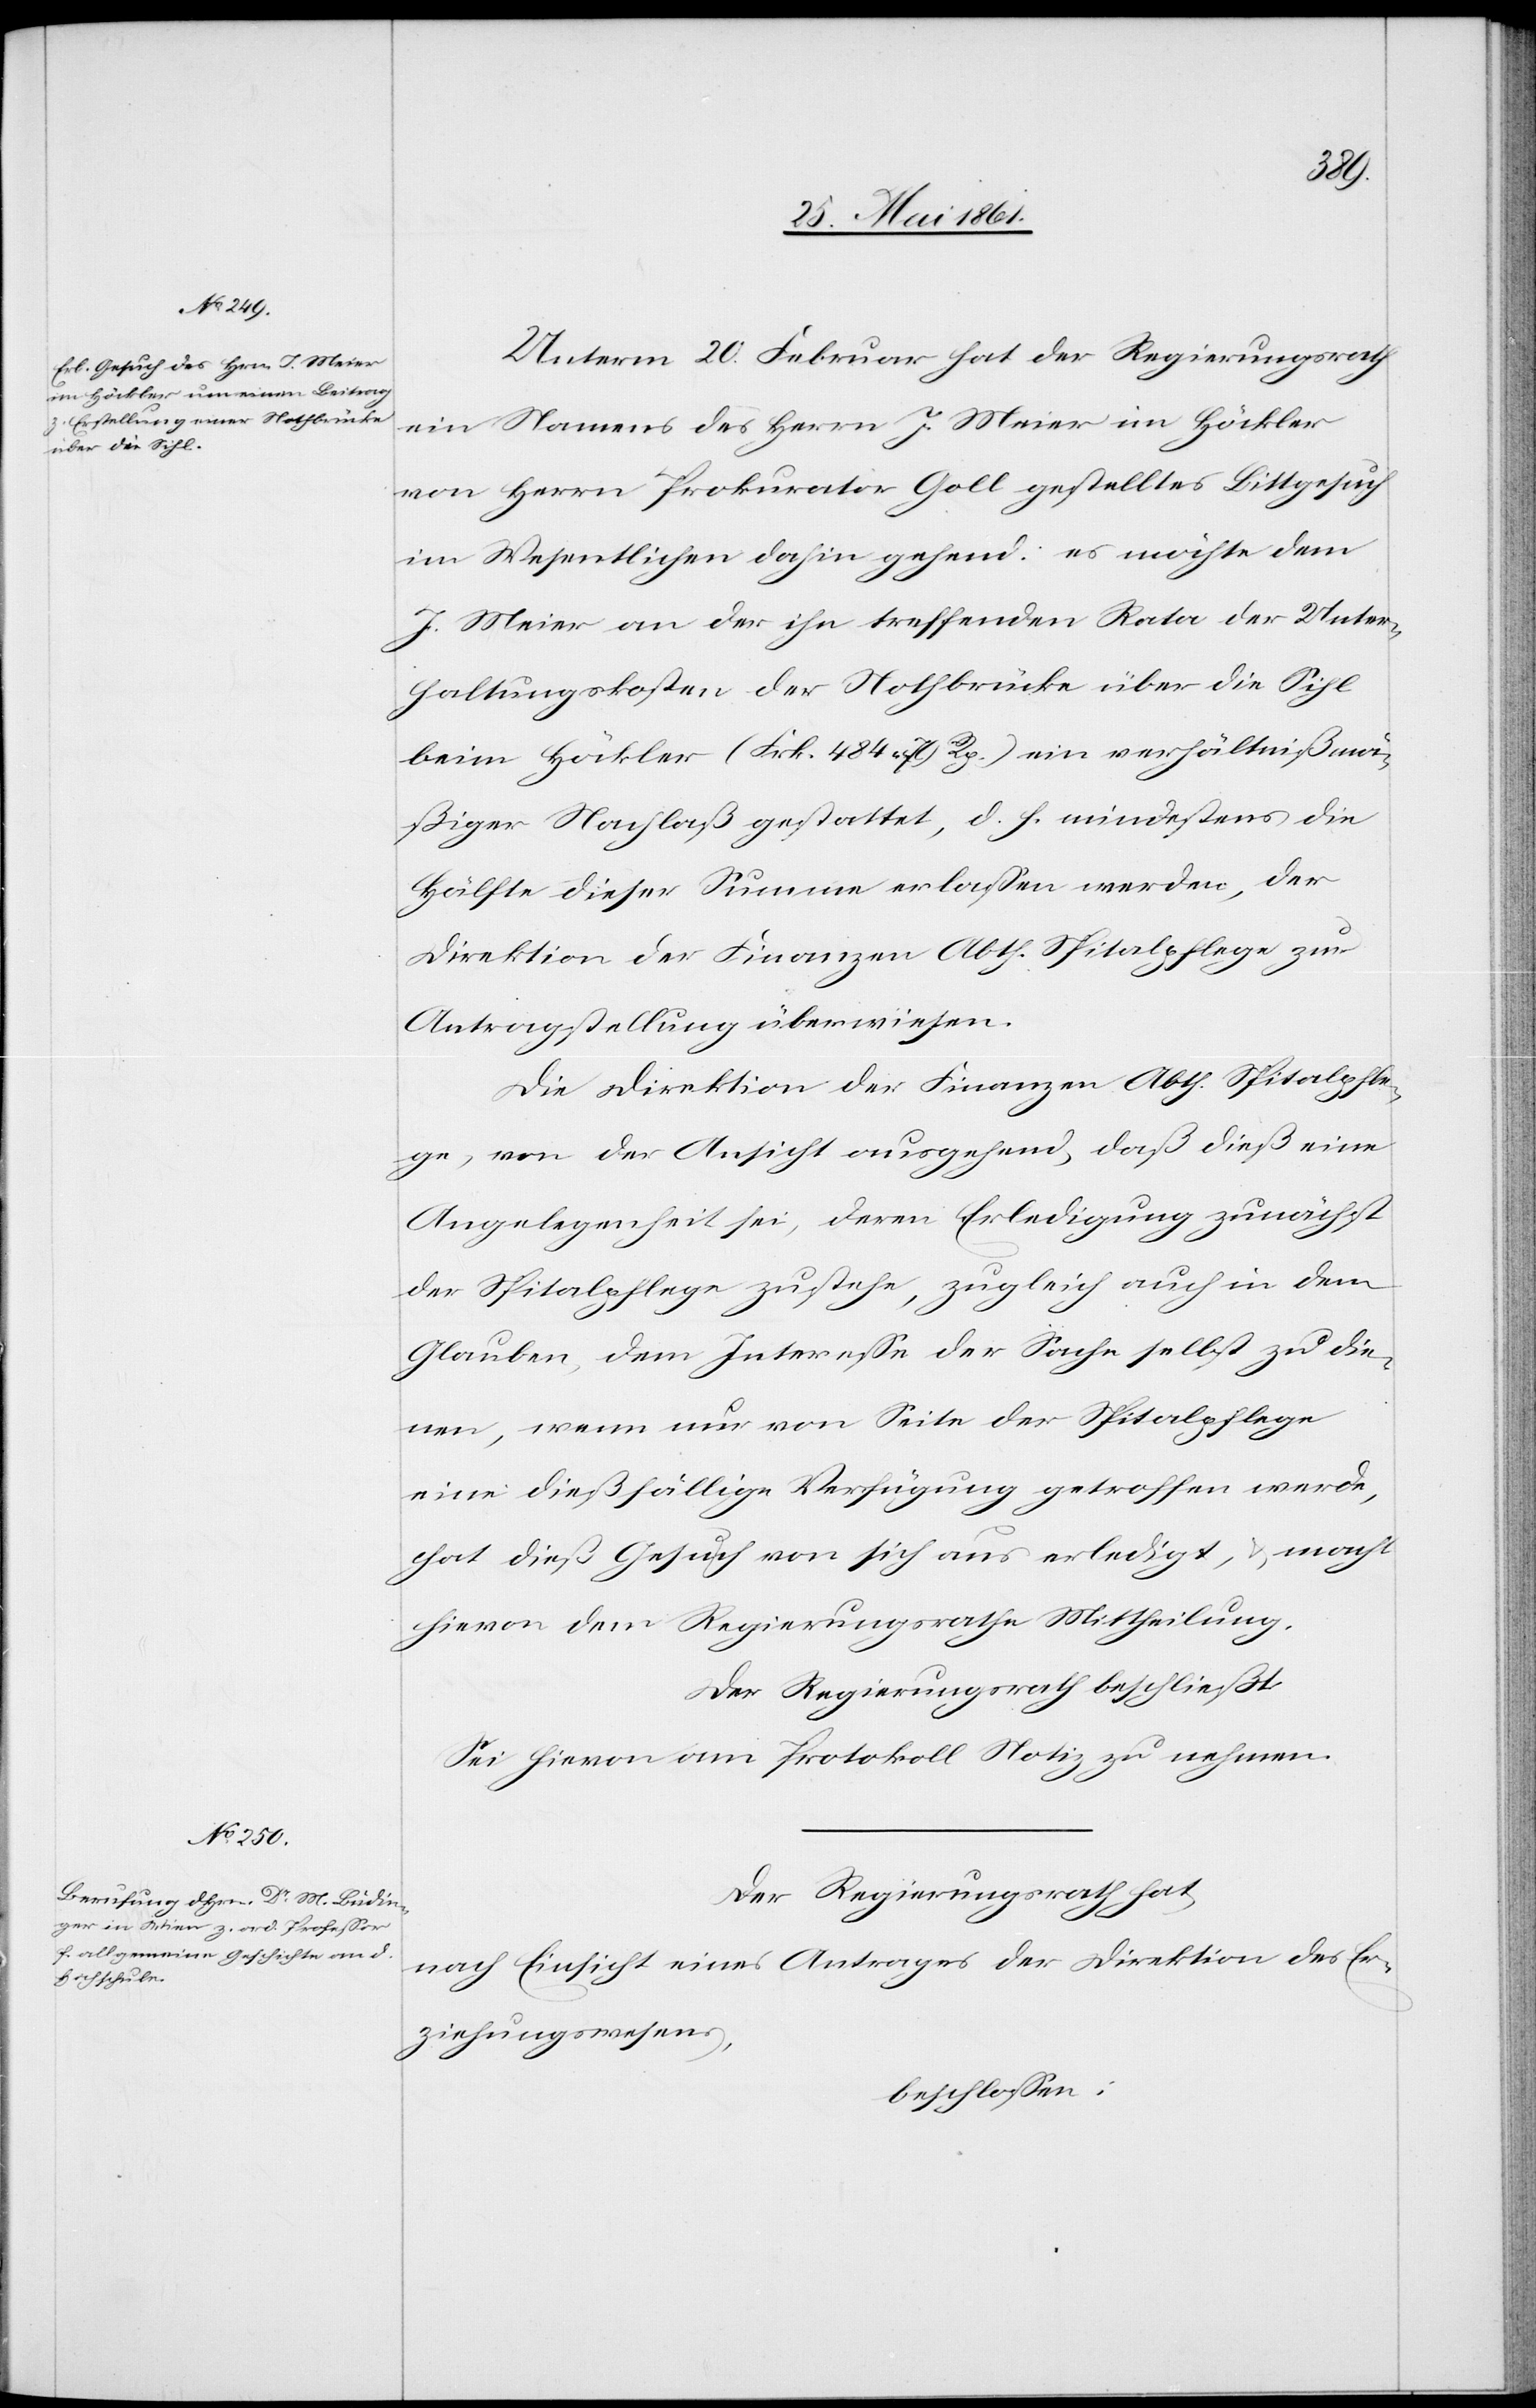
Unterm 20.Februar hat der Regierungsrath
ein Namens des Herrn J. Meier im Häckler
von Herrn Prokurator Goll gestelltes Bittgesuch
im Wesentlichen dahin gehend: es möchte dem
J. Meier an der ihn treffenden Rata der Unter¬
haltungskosten der Nothbrücke über die Sihl
beim Häckler (Frk. 484 79 Rp.) ein verhältnißmä¬
ßiger Nachlaß gestattet, d. h. mindestens die
Hälfte dieser Summe erlassen werden, der
Direktion der Finanzen Abth. Spitalpflege zur
Antragstellung überwiesen.
Die Direktion der Finanzen Abth. Spitalpfle¬
ge, von der Ansicht ausgehend, daß dieß eine
Angelegenheit sei, deren Erledigung zunächst
der Spitalpflege zustehe, zugleich auch in dem
Glauben, dem Interesse der Sache selbst zu die¬
nen, wenn nur von Seite der Spitalpflege
eine dießfällige Verfügung getroffen werde,
hat dieß Gesuch von sich aus erledigt, u. macht
hievon dem Regierungsrathe Mittheilung.
Der Regierungsrath beschließt:
Sei hievon am Protokoll Notiz zu nehmen.
Der Regierungsrath hat,
nach Einsicht eines Antrages der Direktion des Er¬
ziehungswesens,
beschlossen: